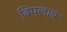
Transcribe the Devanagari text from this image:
बिपलाब